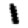
Digit: 1